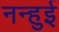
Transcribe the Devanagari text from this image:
नन्हुई